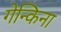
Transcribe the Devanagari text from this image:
गेन्किना